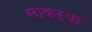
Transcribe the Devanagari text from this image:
साकर्या